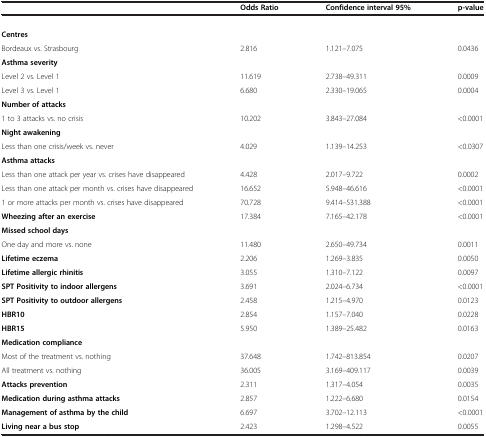
<table><thead><tr><td><b> </b></td><td><b>Odds Ratio</b></td><td><b>Confidence interval 95%</b></td><td><b>p-value</b></td></tr></thead><tbody><tr><td> </td><td> </td><td> </td><td> </td></tr><tr><td><b>Centres</b></td><td> </td><td> </td><td> </td></tr><tr><td>Bordeaux vs. Strasbourg</td><td>2.816</td><td>1.121–7.075</td><td>0.0436</td></tr><tr><td><b>Asthma severity</b></td><td> </td><td> </td><td> </td></tr><tr><td>Level 2 vs. Level 1</td><td>11.619</td><td>2.738–49.311</td><td>0.0009</td></tr><tr><td>Level 3 vs. Level 1</td><td>6.680</td><td>2.330–19.065</td><td>0.0004</td></tr><tr><td><b>Number of attacks</b></td><td> </td><td> </td><td> </td></tr><tr><td>1 to 3 attacks vs. no crisis</td><td>10.202</td><td>3.843–27.084</td><td>&lt;0.0001</td></tr><tr><td><b>Night awakening</b></td><td> </td><td> </td><td> </td></tr><tr><td>Less than one crisis/week vs. never</td><td>4.029</td><td>1.139–14.253</td><td>&lt;0.0307</td></tr><tr><td><b>Asthma attacks</b></td><td> </td><td> </td><td> </td></tr><tr><td>Less than one attack per year vs. crises have disappeared</td><td>4.428</td><td>2.017–9.722</td><td>0.0002</td></tr><tr><td>Less than one attack per month vs. crises have disappeared</td><td>16.652</td><td>5.948–46.616</td><td>&lt;0.0001</td></tr><tr><td>1 or more attacks per month vs. crises have disappeared</td><td>70.728</td><td>9.414–531.388</td><td>&lt;0.0001</td></tr><tr><td><b>Wheezing after an exercise</b></td><td>17.384</td><td>7.165–42.178</td><td>&lt;0.0001</td></tr><tr><td><b>Missed school days</b></td><td> </td><td> </td><td> </td></tr><tr><td>One day and more vs. none</td><td>11.480</td><td>2.650–49.734</td><td>0.0011</td></tr><tr><td><b>Lifetime eczema</b></td><td>2.206</td><td>1.269–3.835</td><td>0.0050</td></tr><tr><td><b>Lifetime allergic rhinitis</b></td><td>3.055</td><td>1.310–7.122</td><td>0.0097</td></tr><tr><td><b>SPT Positivity to indoor allergens</b></td><td>3.691</td><td>2.024–6.734</td><td>&lt;0.0001</td></tr><tr><td><b>SPT Positivity to outdoor allergens</b></td><td>2.458</td><td>1.215–4.970</td><td>0.0123</td></tr><tr><td><b>HBR10</b></td><td>2.854</td><td>1.157–7.040</td><td>0.0228</td></tr><tr><td><b>HBR15</b></td><td>5.950</td><td>1.389–25.482</td><td>0.0163</td></tr><tr><td><b>Medication compliance</b></td><td> </td><td> </td><td> </td></tr><tr><td>Most of the treatment vs. nothing</td><td>37.648</td><td>1.742–813.854</td><td>0.0207</td></tr><tr><td>All treatment vs. nothing</td><td>36.005</td><td>3.169–409.117</td><td>0.0039</td></tr><tr><td><b>Attacks prevention</b></td><td>2.311</td><td>1.317–4.054</td><td>0.0035</td></tr><tr><td><b>Medication during asthma attacks</b></td><td>2.857</td><td>1.222–6.680</td><td>0.0154</td></tr><tr><td><b>Management of asthma by the child</b></td><td>6.697</td><td>3.702–12.113</td><td>&lt;0.0001</td></tr><tr><td><b>Living near a bus stop</b></td><td>2.423</td><td>1.298–4.522</td><td>0.0055</td></tr></tbody></table>